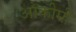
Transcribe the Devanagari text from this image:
ओकीमी